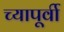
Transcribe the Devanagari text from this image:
च्यापूर्वी